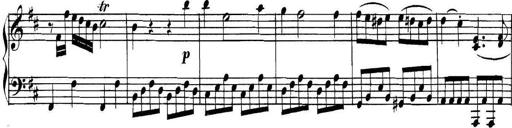
Title: Collected Piano Sonatas
Composer: Muzio Clementi